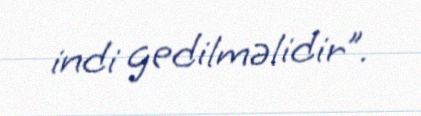
indi gedilməlidir”.